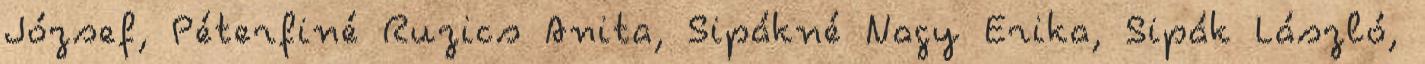
József, Péterfiné Ruzics Anita, Sipákné Nagy Erika, Sipák László,